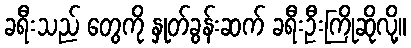
ခရီးသည် တွေကို နှုတ်ခွန်းဆက် ခရီးဦးကြိုဆိုလို့။